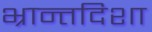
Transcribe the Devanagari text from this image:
भ्रान्तदिशा